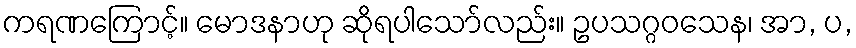
ကရဏကြောင့်။ မောဒနာဟု ဆိုရပါသော်လည်း။ ဥပသဂ္ဂဝသေန၊ အာ, ပ,